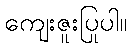
ကျေးဇူးပြုပါ။